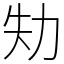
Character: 劮